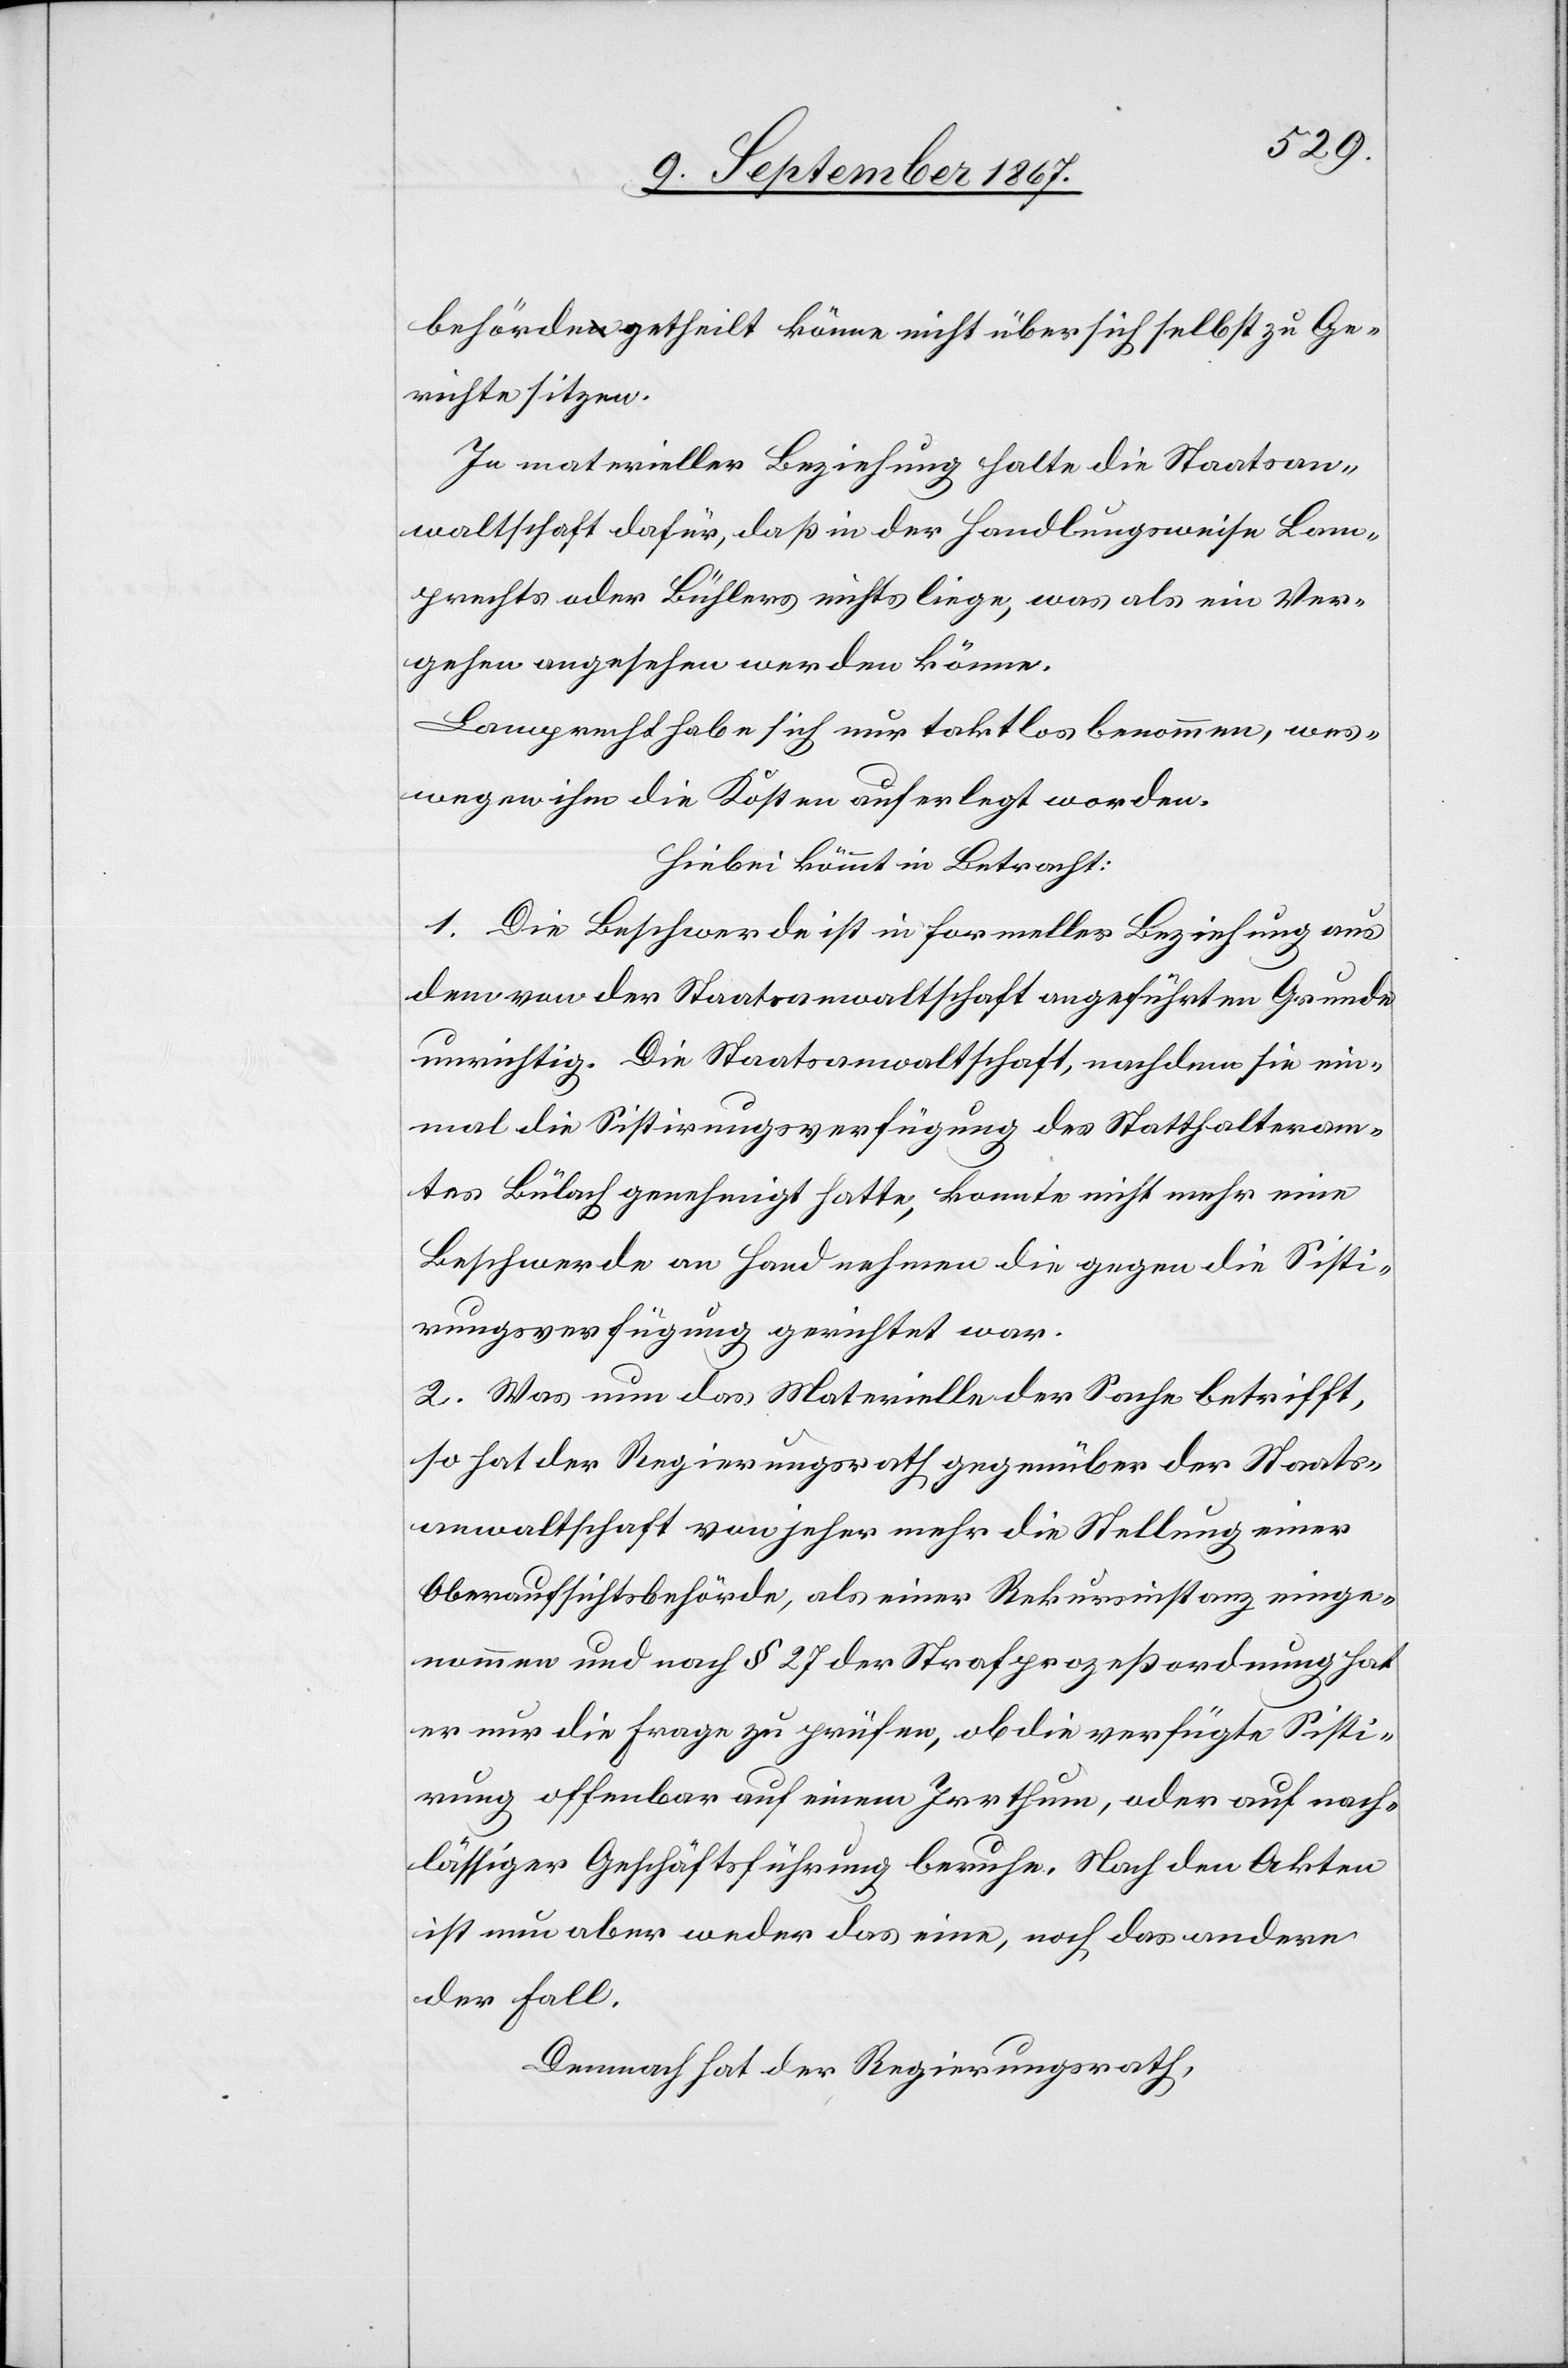
behörde getheilt könne nicht über sich selbst zu Ge¬
richte sitzen.
In materieller Beziehung halte die Staatsan¬
waltschaft dafür, daß in der Handlungsweise Lam¬
prechts oder Bühlers nichts liege, was als ein Ver¬
gehen angesehen werden könne.
Lamprecht habe sich nur taktlos benommen, wes¬
wegen ihm die Kosten auferlegt worden.
Hiebei kömmt in Betracht:
1. Die Beschwerde ist in formeller Beziehung aus
dem von der Staatsanwaltschaft angeführten Grunde
unrichtig. Die Staatsanwaltschaft, nachdem sie ein¬
mal die Sistirungsverfügung des Statthalteram¬
tes Bülach genehmigt hatte, konnte nicht mehr eine
Beschwerde an Hand nehmen, die gegen die Sisti¬
rungsverfügung gerichtet war.
2. Was nun das Materielle der Sache betrifft,
so hat der Regierungsrath gegenüber der Staats¬
anwaltschaft von jeher mehr die Stellung einer
Oberaufsichtsbehörde, als einer Rekursinstanz einge¬
nommen und nach § 27 der Strafprozeßordnung hat
er nur die Frage zu prüfen, ob die verfügte Sisti¬
rung offenbar auf einem Irrthum, oder auf nach¬
lässiger Geschäftsführung beruhe. Nach den Akten
ist nun aber weder das eine, noch das andere
der Fall.
Demnach hat der Regierungsrath,